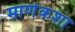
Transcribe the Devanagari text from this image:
माणेकशा